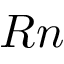
R n